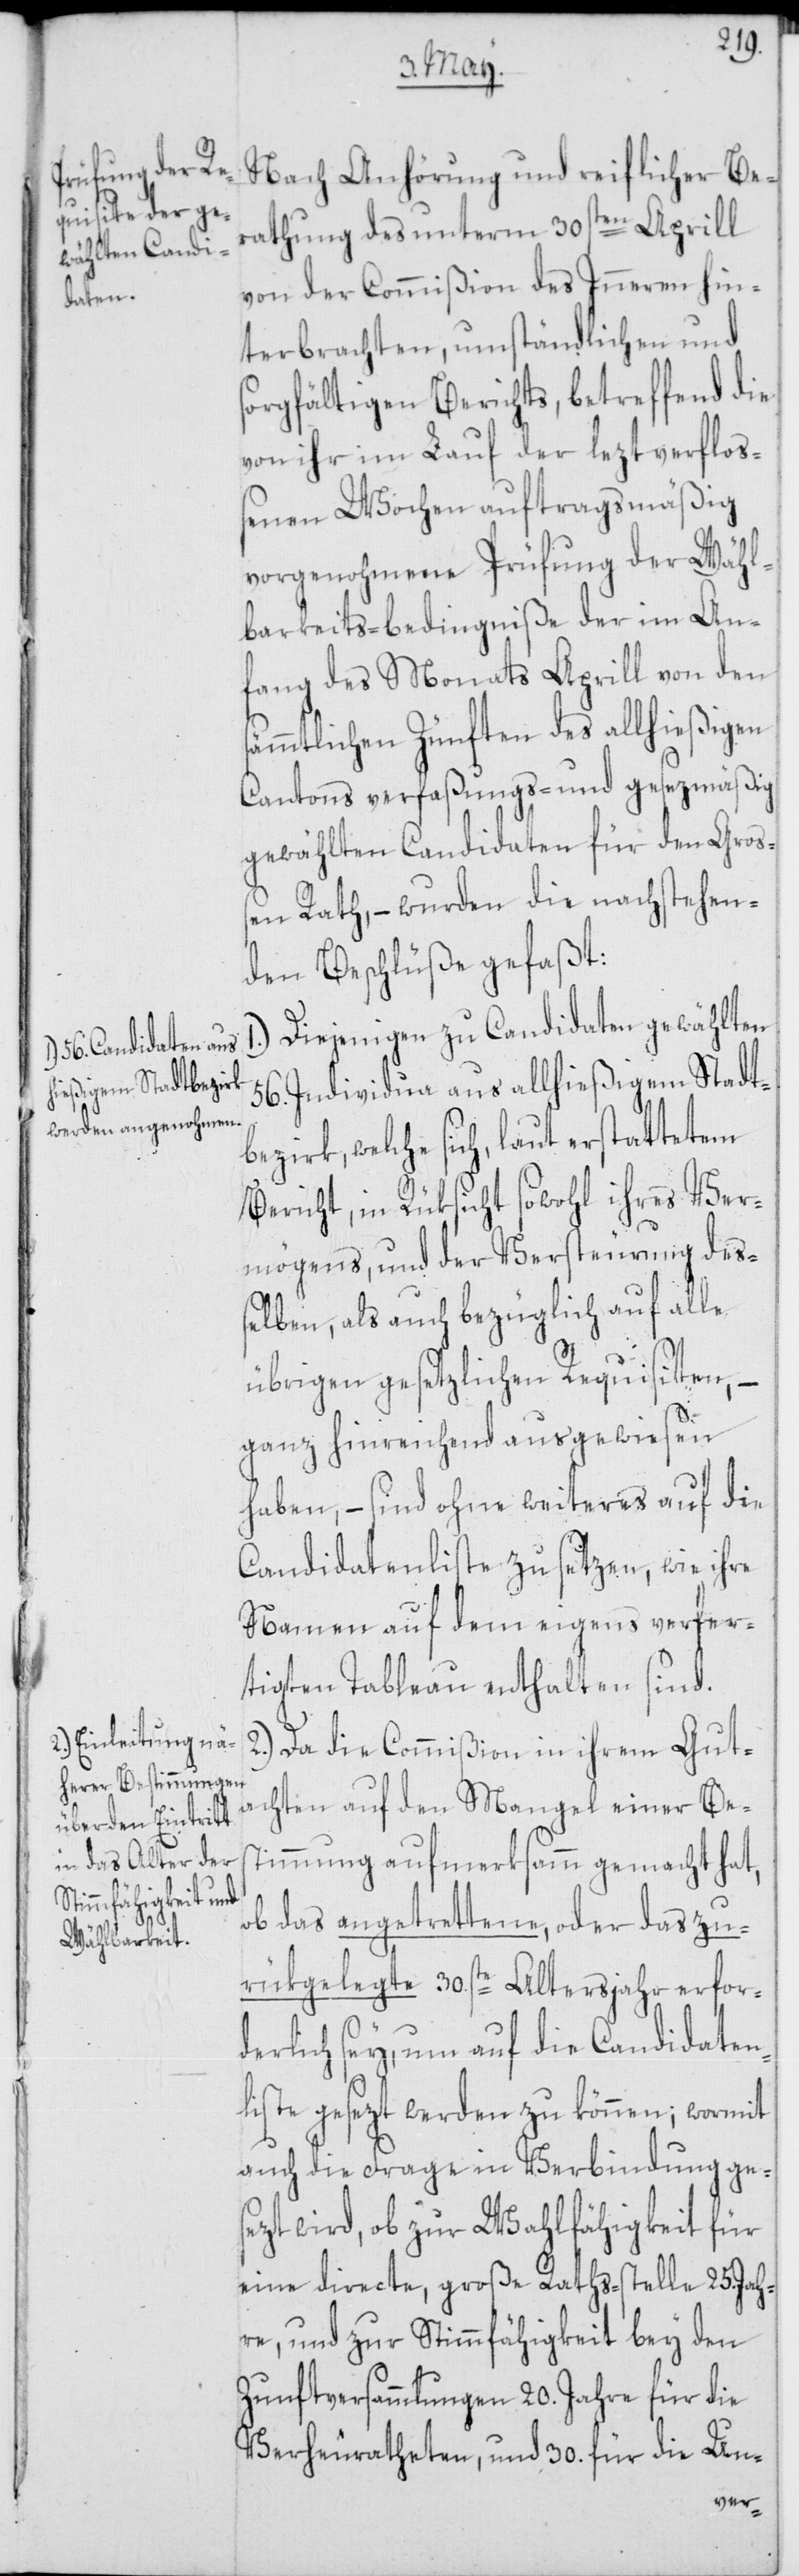
athung des unterm 30sten Aprill
von der Commißion des Inneren hin¬
terbrachten, umständlichen und
sorgfältigen Berichts, betreffend die
von ihr im Lauf der lezt verfloß¬
enen Wochen auftragsmäßig
vorgenohmene Prüfung der Wähl¬
barkeits-bedingniße der im An¬
fang des Monats Aprill von den
sämmtlichen Zünften des allhießigen
Cantons verfaßungs- und gesezmäßig
gewählten Candidaten für den Gro¬
ßen Rath, – wurden die nachstehen¬
den Beschlüße gefaßt:
1.) Diejenigen zu Candidaten gewählten
56. Individua aus allhießigem Stadt¬
bezirk, welche sich, laut erstattetem
Bericht, in Rüksicht sowohl ihres Ver¬
mögens, und der Versteurung de¬
ßelben, als auch bezüglich auf alle
übrigen gesetzlichen Requisiten, –
ganz hinreichend ausgewiesen
haben, – sind ohne weiteres auf die
Candidatenliste zu setzen, wie ihre
Namen auf dem eigens verfer¬
tigten Tableau enthalten sind.
2.) Da die Commißion in ihrem Guta¬
chten auf den Mangel einer Be¬
stimmung aufmerksamm gemacht hat,
ob das angetrettene, oder das zu¬
rükgelegte 30ste Altersjahr erfor¬
derlich sey, um auf die Canidaten¬
liste gesezt werden zu können; womit
auch die Frage in Verbindung ges¬
ezt wird, ob zur Wahlfähigkeit für
eine directe, große Raths-stelle 25. Jah¬
re, und zur Stimmfähigkeit bey den
Zunftversammlungen 20. Jahre für die
Verheuratheten, und 30. für die Un-
Ber¬